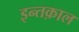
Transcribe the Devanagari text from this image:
इन्तक़ाल